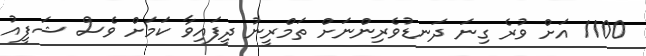
1100 އަށް ވުރެ ގިނަ ދަނޑުވެރިންނަށް ތަމްރީނު ދީފައިވާ ކަމަށް ވެސް ޝަފީއު